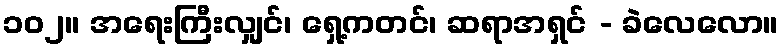
၁၀၂။ အရေးကြီးလျှင်၊ ရှေ့ကတင်၊ ဆရာအရှင် - ခဲလေလော။